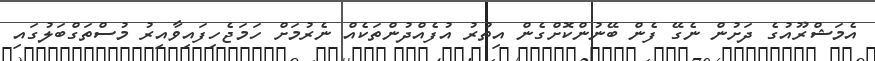
އެމަޝްރޫއުގެ ދަށުން ނެގޭ ފެން ބޭނުންކޮށްގެން އިތުރު އުފެއްދުންތަކެއް ނެރުމަށް ހަމަޖެހިފައިވާއިރު މުސްތަގްބަލުގައި